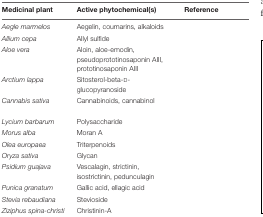
<table><thead><tr><td><b>Medicinal plant</b></td><td><b>Active phytochemical(s)</b></td><td><b>Reference</b></td></tr></thead><tbody><tr><td><i>Aegle marmelos</i></td><td>Aegelin, coumarins, alkaloids</td><td>[EMPTY_CELL]</td></tr><tr><td><i>Allium cepa</i></td><td>Allyl sulfide</td><td>[EMPTY_CELL]</td></tr><tr><td><i>Aloe vera</i></td><td>Aloin, aloe-emodin, pseudoprototinosaponin AIII, prototinosaponin AIII</td><td>[EMPTY_CELL]</td></tr><tr><td><i>Arctium lappa</i></td><td>Sitosterol-beta-D-glucopyranoside</td><td>[EMPTY_CELL]</td></tr><tr><td><i>Cannabis sativa</i></td><td>Cannabinoids, cannabinol</td><td>[EMPTY_CELL]</td></tr><tr><td><i>Lycium barbarum</i></td><td>Polysaccharide</td><td>[EMPTY_CELL]</td></tr><tr><td><i>Morus alba</i></td><td>Moran A</td><td>[EMPTY_CELL]</td></tr><tr><td><i>Olea europaea</i></td><td>Triterpenoids</td><td>[EMPTY_CELL]</td></tr><tr><td><i>Oryza sativa</i></td><td>Glycan</td><td>[EMPTY_CELL]</td></tr><tr><td><i>Psidium guajava</i></td><td>Vescalagin, strictinin, isostrictinin, pedunculagin</td><td>[EMPTY_CELL]</td></tr><tr><td><i>Punica granatum</i></td><td>Gallic acid, ellagic acid</td><td>[EMPTY_CELL]</td></tr><tr><td><i>Stevia rebaudiana</i></td><td>Stevioside</td><td>[EMPTY_CELL]</td></tr><tr><td><i>Ziziphus spina-christi</i></td><td>Christinin-A</td><td>[EMPTY_CELL]</td></tr></tbody></table>